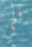
في